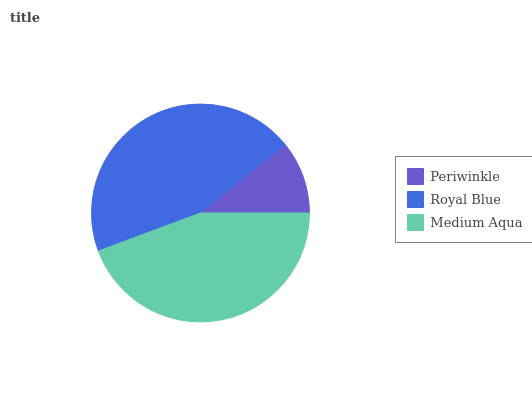
| Periwinkle | Royal Blue | Medium Aqua |
 | --- | --- | --- |
 | 10.9% | 44.7% | 44.4% |